Insane asylums in Bengal annual reports 1876-1887 - 1876-1887
Year: 1876
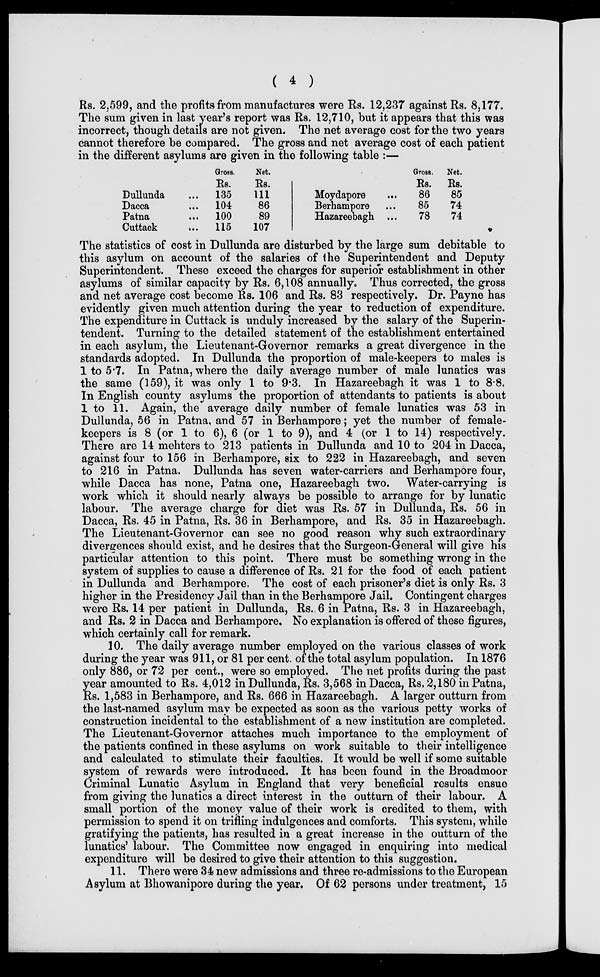
( 4 )
Rs. 2,599, and the profits from manufactures were Rs. 12,237 against Rs. 8,177.
The sum given in last year's report was Rs. 12,710, but it appears that this was
incorrect, though details are not given. The net average cost for the two years
cannot therefore be compared. The gross and net average cost of each patient
in the different asylums are given in the following table :—
Dullunda ...
Dacca ...
Patna
...
Cuttack
...
Gross.
Rs.
135
104
100
115
Net.
Rs.
111
86
89
107
Moydapore
...
Berhampore ...
Hazareebagh ...
Gross.
Rs.
86
85
78
Net.
Rs.
85
74
74
The statistics of cost in Dullunda are disturbed by the large sum debitable to
this asylum on account of the salaries of the Superintendent and Deputy
Superintendent. These exceed the charges for superior establishment in other
asylums of similar capacity by Rs. 6,108 annually. Thus corrected, the gross
and net average cost become Rs. 106 and Rs. 83 respectively. Dr. Payne has
evidently given much attention during the year to reduction of expenditure.
The expenditure in Cuttack is unduly increased by the salary of the Superin-
tendent. Turning to the detailed statement of the establishment entertained
in each asylum, the Lieutenant-Governor remarks a great divergence in the
standards adopted. In Dullunda the proportion of male-keepers to males is
1 to 5.7. In Patna, where the daily average number of male lunatics was
the same (159), it was only 1 to 9.3. In Hazareebagh it was 1 to 8.8.
In English county asylums the proportion of attendants to patients is about
1 to 11. Again, the average daily number of female lunatics was 53 in
Dullunda, 56 in Patna, and 57 in Berhampore; yet the number of female-
keepers is 8 (or 1 to 6), 6 (or 1 to 9), and 4 (or 1 to 14) respectively.
There are 14 mehters to 213 patients in Dullunda and 10 to 204 in Dacca,
against four to 156 in Berhampore, six to 222 in Hazareebagh, and seven
to 216 in Patna. Dullunda has seven water-carriers and Berhampore four,
while Dacca has none, Patna one, Hazareebagh two. Water-carrying is
work which it should nearly always be possible to arrange for by lunatic
labour. The average charge for diet was Rs. 57 in Dullunda, Rs. 56 in
Dacca, Rs. 45 in Patna, Rs. 36 in Berhampore, and Rs. 35 in Hazareebagh.
The Lieutenant-Governor can see no good reason why such extraordinary
divergences should exist, and he desires that the Surgeon-General will give his
particular attention to this point. There must be something wrong in the
system of supplies to cause a difference of Rs. 21 for the food of each patient
in Dullunda and Berhampore. The cost of each prisoner's diet is only Rs. 3
higher in the Presidency Jail than in the Berhampore Jail. Contingent charges
were Rs. 14 per patient in Dullunda, Rs. 6 in Patna, Rs. 3 in Hazareebagh,
and Rs. 2 in Dacca and Berhampore. No explanation is offered of these figures,
which certainly call for remark.
10. The daily average number employed on the various classes of work
during the year was 911, or 81 per cent. of the total asylum population. In 1876
only 886, or 72 per cent., were so employed. The net profits during the past
year amounted to Rs. 4,012 in Dullunda, Rs. 3,568 in Dacca, Rs. 2,180 in Patna,
Rs. 1,583 in Berhampore, and Rs. 666 in Hazareebagh. A larger outturn from
the last-named asylum may be expected as soon as the various petty works of
construction incidental to the establishment of a new institution are completed.
The Lieutenant-Governor attaches much importance to the employment of
the patients confined in these asylums on work suitable to their intelligence
and calculated to stimulate their faculties. It would be well if some suitable
system of rewards were introduced. It has been found in the Broadmoor
Criminal Lunatic Asylum in England that very beneficial results ensue
from giving the lunatics a direct interest in the outturn of their labour. A
small portion of the money value of their work is credited to them, with
permission to spend it on trifling indulgences and comforts. This system, while
gratifying the patients, has resulted in a great increase in the outturn of the
lunatics' labour. The Committee now engaged in enquiring into medical
expenditure will be desired to give their attention to this suggestion.
11. There were 34 new admissions and three re-admissions to the European
Asylum at Bhowanipore during the year. Of 62 persons under treatment, 15